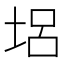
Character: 𡋿